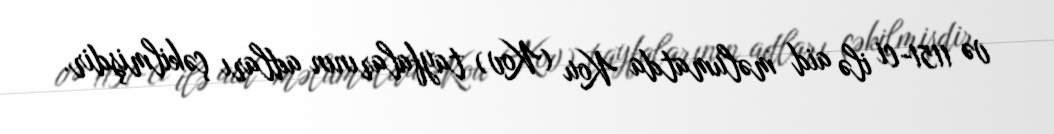
və 1151-ci ilə aid məlumatda Kou (Kov) tayfalarının adları çəkilmişdir.